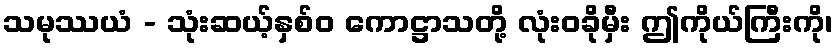
သမုဿယံ - သုံးဆယ့်နှစ်ဝ ကောဋ္ဌာသတို့ လုံးဝခိုမှီး ဤကိုယ်ကြီးကို၊